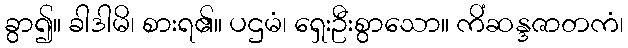
ခွာ၍။ ခါဒါမိ၊ စားရ၏။ ပဌမံ၊ ရှေးဦးစွာသော။ ကိံဆန္ဒဇာတကံ၊